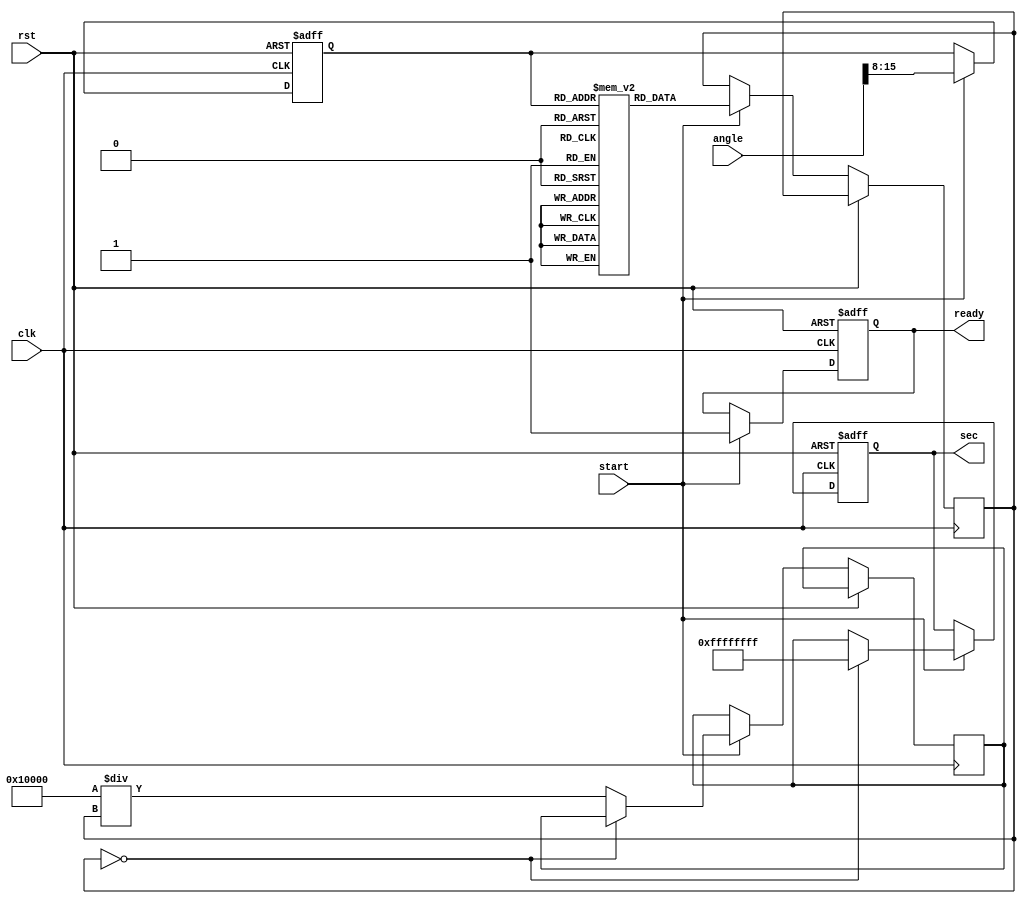
module secant_function (
    input wire [15:0] angle, // 16-bit input for angle in radians (fixed-point)
    output reg [31:0] sec,   // 32-bit output for secant value (fixed-point)
    input wire clk,
    input wire rst,
    input wire start,
    output reg ready
);

    // Cosine lookup table (for demonstration, limited range)
    reg [15:0] cos_lut [0:255]; // 256 entries for cosine values
    initial begin
        // Populate the LUT with cosine values (fixed-point representation)
        // Values should be precomputed for angles from 0 to 2*pi (adjust as needed)
        // This is a placeholder; you may want to populate with actual cosine values
        cos_lut[0] = 16'hFFFF; // cos(0) = 1.0 in fixed-point
        cos_lut[1] = 16'h7FFF; // cos(pi/6)
        // Add more values...
        cos_lut[255] = 16'h0000; // cos(pi/2) = 0
    end

    reg [15:0] cos_value;
    reg [31:0] reciprocal;
    reg [7:0] angle_index;

    always @(posedge clk or posedge rst) begin
        if (rst) begin
            sec <= 32'b0;
            ready <= 1'b0;
            angle_index <= 8'b0;
        end else if (start) begin
            // Convert the angle to an index for the LUT
            // Assuming angle is in the range [0, 2*pi) scaled to fit in [0, 255]
            angle_index <= angle[15:8]; // Adjust this based on fixed-point format
            
            // Fetch cosine value from LUT
            cos_value <= cos_lut[angle_index];
            
            // Check for cosine value being zero
            if (cos_value == 16'h0000) begin
                sec <= 32'hFFFFFFFF; // Output a predefined max value or error signal
            end else begin
                // Compute reciprocal (fixed-point division)
                reciprocal <= (32'h00010000 / cos_value); // 1.0 in fixed-point = 0x00010000
                sec <= reciprocal; // Assign the secant value
            end
            
            ready <= 1'b1; // Indicate that output is ready
        end
    end
endmodule